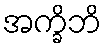
အက္ခိဘိ